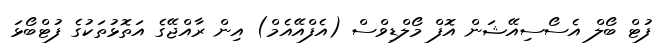
ފުޓް ބޯލް އެސޯސިއޭޝަން އޮފް މޯލްޑިވްސް (އެފްއޭއެމް) އިން ރާއްޖޭގެ އަތޮޅުތަކުގެ ފުޓްބޯޅަ